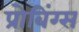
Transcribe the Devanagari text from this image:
प्रोबिंग्स